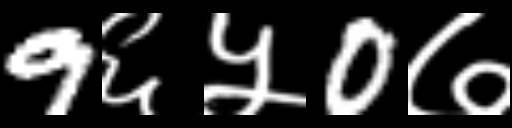
Text: 9६५0७